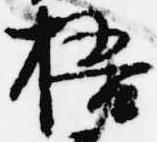
梧